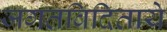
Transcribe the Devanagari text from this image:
जगतविदिताये